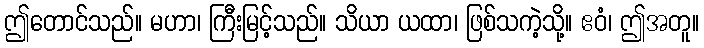
ဤတောင်သည်။ မဟာ၊ ကြီးမြင့်သည်။ သိယာ ယထာ၊ ဖြစ်သကဲ့သို့။ ဧဝံ၊ ဤအတူ။